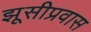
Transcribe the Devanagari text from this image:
झूसीप्रवास